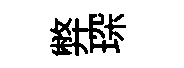
弊琛